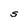
Character: S